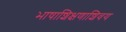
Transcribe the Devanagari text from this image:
भाषाशिक्षणाशिवय